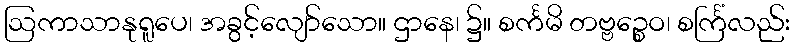
ဩကာသာနုရူပေ၊ အခွင့်လျော်သော။ ဌာနေ၊ ၌။ စင်္ကမိ တဗ္ဗဉ္စေဝ၊ စင်္ကြံလည်း